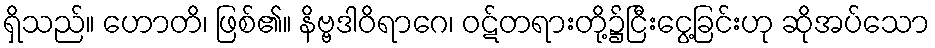
ရှိသည်။ ဟောတိ၊ ဖြစ်၏။ နိဗ္ဗဒါဝိရာဂေ၊ ဝဋ်တရားတို့၌ငြီးငွေ့ခြင်းဟု ဆိုအပ်သော